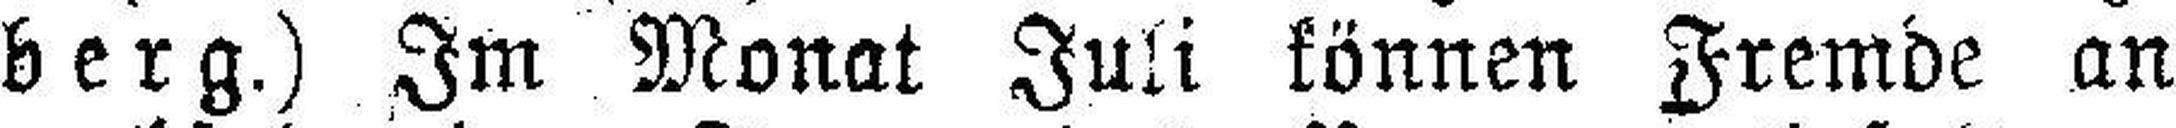
berg.) Im Monat Juli können Fremde an